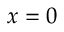
x = 0